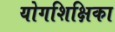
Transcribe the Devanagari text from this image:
योगशिक्षिका